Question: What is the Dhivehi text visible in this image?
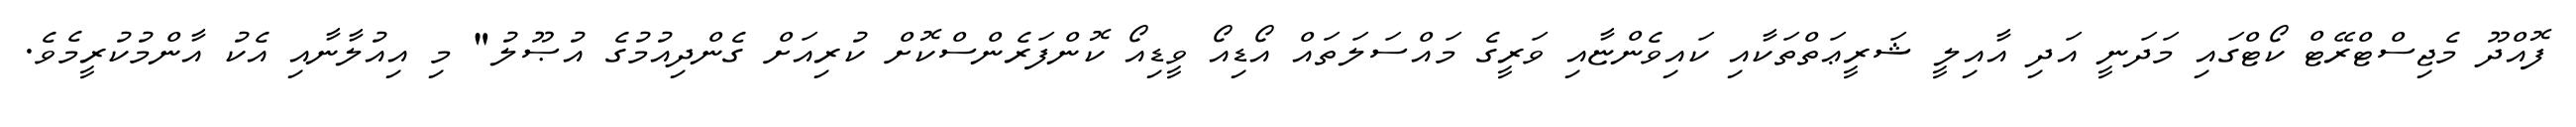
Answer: ފޮއްދޫ މެޖިސްޓްރޭޓް ކޯޓްގައި މަދަނީ އަދި އާއިލީ ޝަރީޢަތްތަކާއި ކައިވެންޏާއި ވަރީގެ މައްސަލަތައް އޯޑިއޯ ވީޑިއޯ ކޮންފަރެންސްކޮށް ކުރިއަށް ގެންދިއުމުގެ އުޞޫލު" މި އިއުލާނާއި އެކު އާންމުކުރީމެވެ.